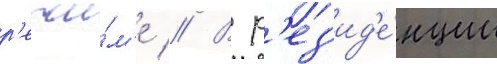
р'ежи́м'е // В р'ез'ид'е́нции